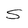
Character: S